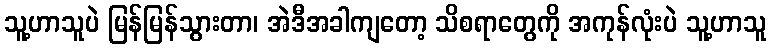
သူ့ဟာသူပဲ မြန်မြန်သွားတာ၊ အဲဒီအခါကျတော့ သိစရာတွေကို အကုန်လုံးပဲ သူ့ဟာသူ